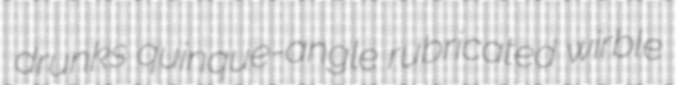
drunks quinque-angle rubricated wirble